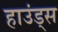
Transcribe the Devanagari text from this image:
हाउंड्स